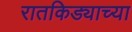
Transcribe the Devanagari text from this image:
रातकिड्याच्या